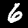
Digit: 6